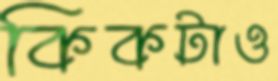
কিকটাও